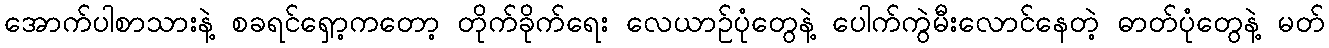
အောက်ပါစာသားနဲ့ စခရင်ရှော့ကတော့ တိုက်ခိုက်ရေး လေယာဉ်ပုံတွေနဲ့ ပေါက်ကွဲမီးလောင်နေတဲ့ ဓာတ်ပုံတွေနဲ့ မတ်